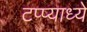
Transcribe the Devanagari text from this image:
टप्प्याध्ये